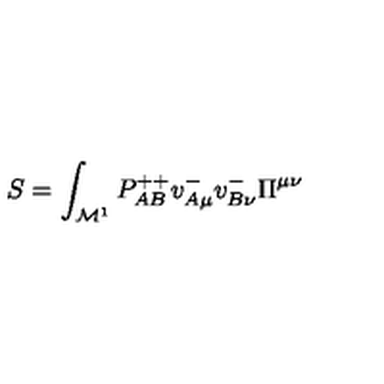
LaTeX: S = \int _ { { \cal M } ^ { 1 } } P _ { A B } ^ { + + } v _ { A \mu } ^ { - } v _ { B \nu } ^ { - } \Pi ^ { \mu \nu }